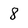
Character: 8